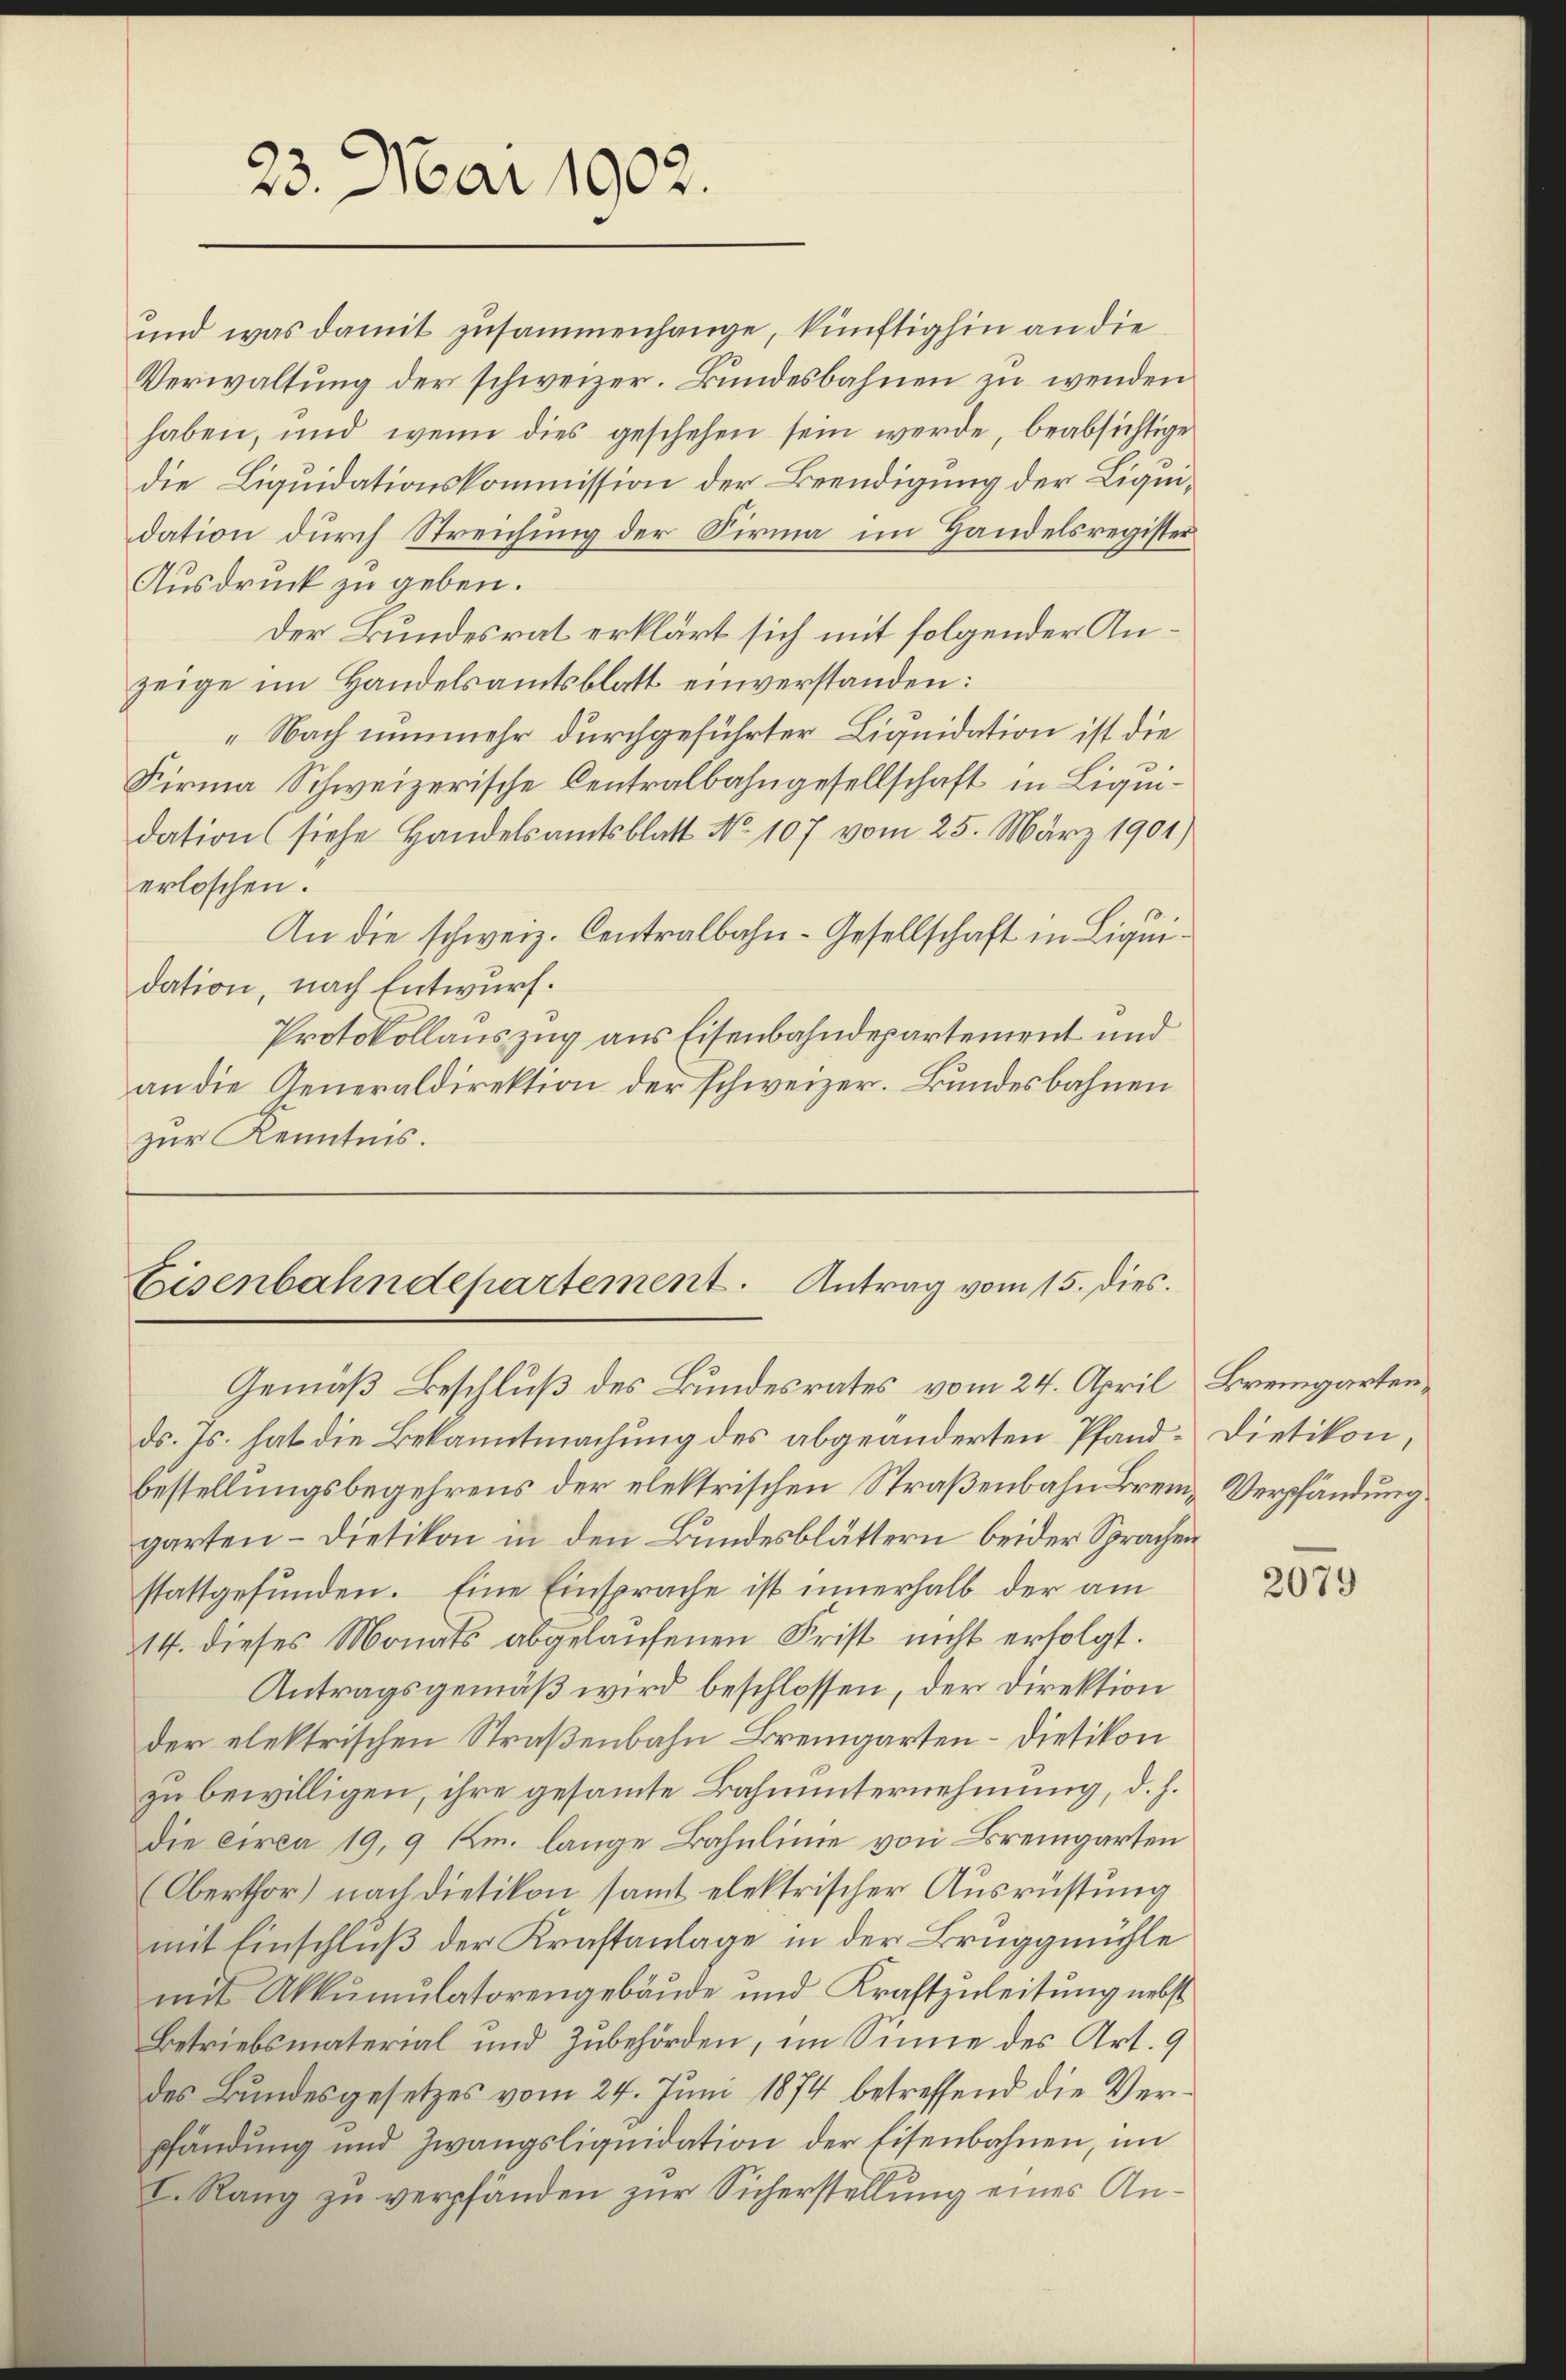
23. Mai 1902.

und was damit zusammenhange, künftighin an die
Verwaltung der schweizer. Bundesbahnen zu wenden
haben, und wenn dies geschehen sein werde, beabsichtige
die Liquidationskommission der Beendigung der Liquidation durch Streichung der Sirma im Handelsregister
Ausdruck zu geben.
Der Bundesrat erklärt sich mit folgender Anzeige im Handelsamtsblatt einverstanden:
„Nach nunmehr durchgeführter Liquidation ist die
Firma Schweizerische Centralbahngesellschaft in Liquidation (siehe Handelsamtsblatt No 107 vom 25. März 1901)
erloschen.
An die schweiz. Centralbahn-Gesellschaft in Liquidation, nach Entwurf.
Protokollauszug aus Eisenbahndepartement und
an die Generaldirektion der schweizer. Bundesbahnen
zur Kenntnis.

Eisenbahndepartement. Antrag vom 15. Dies
Gemäß Beschluß des Bundesrates vom 24. April

ds. Js. hat die Bekanntmachung des abgeänderten Pfand-Dietikon,
bestellungsbegehrens der elektrischen Straßenbahn Brem- Verpfändung
garten – Dietikon in den Bundesblättern beider Sprachen
stattgefunden. Eine Einsprache ist innerhalb der am
14. dieses Monats abgelaufenen Frist nicht erfolgt.
Antragsgemäß wird beschlossen, der Direktion
der elektrischen Straßenbahn Bremgarten- Dietikon
zu bewilligen, ihre gesammte Bahnunternehmung, d. h.
die circa 19, 9 Km. lange Bahnlinie von Bremgarten
(Oberthor) nach dietikon samt elektrischer Ausrüstung
mit Einschluß der Kraftanlage in der Bruggmühle
mit Akkumulatorengebäude und Kraftzuleitung nebst
Betriebsmaterial und Zubehörden, im Sinne des Art. 9
des Bundesgesetzes vom 24. Juni 1874 betreffend die Verpfändung und Zwangsliquidation der Eisenbahnen, im
E. Rang zu verpfänden zur Sicherstellung eines An¬

Bremgarten,

2079